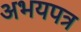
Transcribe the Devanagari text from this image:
अभयपत्र